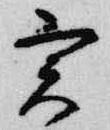
実